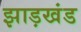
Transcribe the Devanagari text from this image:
झाड़खंड